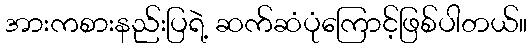
အားကစားနည်းပြရဲ့ ဆက်ဆံပုံကြောင့်ဖြစ်ပါတယ်။